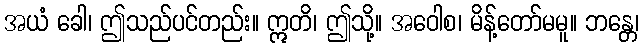
အယံ ခေါ၊ ဤသည်ပင်တည်း။ ဣတိ၊ ဤသို့။ အဝေါစ၊ မိန့်တော်မမူ။ ဘန္တေ၊